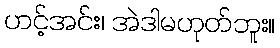
ဟင့်အင်း၊ အဲဒါမဟုတ်ဘူး။